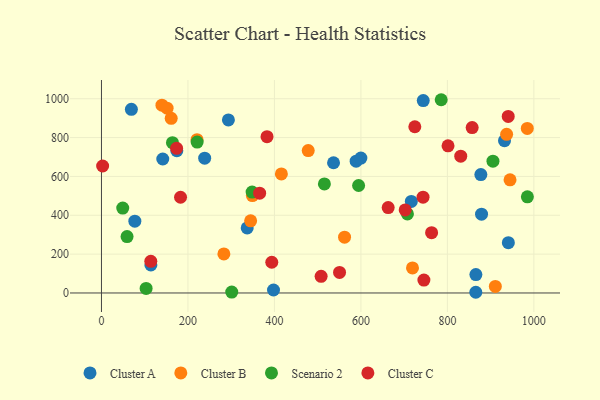
{"axis": {"x": "Investment", "y": "Demand"}, "legend": ["Cluster A", "Cluster B", "Cluster C", "Scenario 2"], "data": [{"x": "397.9", "y": 15.4, "type": "Cluster A"}, {"x": "337.0", "y": 334.9, "type": "Cluster A"}, {"x": "589.0", "y": 678.5, "type": "Cluster A"}, {"x": "877.4", "y": 609.3, "type": "Cluster A"}, {"x": "174.3", "y": 732.3, "type": "Cluster A"}, {"x": "293.6", "y": 891.0, "type": "Cluster A"}, {"x": "141.8", "y": 689.7, "type": "Cluster A"}, {"x": "879.0", "y": 405.9, "type": "Cluster A"}, {"x": "932.1", "y": 783.9, "type": "Cluster A"}, {"x": "69.2", "y": 945.4, "type": "Cluster A"}, {"x": "744.2", "y": 990.7, "type": "Cluster A"}, {"x": "599.9", "y": 694.4, "type": "Cluster A"}, {"x": "716.6", "y": 471.5, "type": "Cluster A"}, {"x": "536.7", "y": 670.5, "type": "Cluster A"}, {"x": "865.9", "y": 94.6, "type": "Cluster A"}, {"x": "941.0", "y": 259.2, "type": "Cluster A"}, {"x": "865.7", "y": 3.6, "type": "Cluster A"}, {"x": "114.3", "y": 144.2, "type": "Cluster A"}, {"x": "77.2", "y": 369.6, "type": "Cluster A"}, {"x": "238.7", "y": 694.0, "type": "Cluster A"}, {"x": "478.2", "y": 733.0, "type": "Cluster B"}, {"x": "416.1", "y": 612.7, "type": "Cluster B"}, {"x": "984.8", "y": 846.9, "type": "Cluster B"}, {"x": "161.3", "y": 899.0, "type": "Cluster B"}, {"x": "937.0", "y": 817.0, "type": "Cluster B"}, {"x": "283.1", "y": 200.9, "type": "Cluster B"}, {"x": "139.9", "y": 966.7, "type": "Cluster B"}, {"x": "910.9", "y": 33.6, "type": "Cluster B"}, {"x": "221.0", "y": 789.1, "type": "Cluster B"}, {"x": "349.1", "y": 501.4, "type": "Cluster B"}, {"x": "944.9", "y": 582.3, "type": "Cluster B"}, {"x": "151.8", "y": 951.2, "type": "Cluster B"}, {"x": "345.0", "y": 371.2, "type": "Cluster B"}, {"x": "719.3", "y": 129.1, "type": "Cluster B"}, {"x": "562.2", "y": 287.1, "type": "Cluster B"}, {"x": "103.3", "y": 23.5, "type": "Scenario 2"}, {"x": "905.4", "y": 678.5, "type": "Scenario 2"}, {"x": "49.2", "y": 437.2, "type": "Scenario 2"}, {"x": "515.6", "y": 561.6, "type": "Scenario 2"}, {"x": "785.7", "y": 994.9, "type": "Scenario 2"}, {"x": "164.2", "y": 773.8, "type": "Scenario 2"}, {"x": "59.2", "y": 290.6, "type": "Scenario 2"}, {"x": "707.6", "y": 406.9, "type": "Scenario 2"}, {"x": "221.3", "y": 776.7, "type": "Scenario 2"}, {"x": "301.3", "y": 4.6, "type": "Scenario 2"}, {"x": "985.0", "y": 495.0, "type": "Scenario 2"}, {"x": "594.7", "y": 553.2, "type": "Scenario 2"}, {"x": "348.4", "y": 519.7, "type": "Scenario 2"}, {"x": "857.3", "y": 851.7, "type": "Cluster C"}, {"x": "365.8", "y": 513.6, "type": "Cluster C"}, {"x": "550.6", "y": 105.6, "type": "Cluster C"}, {"x": "724.7", "y": 855.7, "type": "Cluster C"}, {"x": "2.7", "y": 653.8, "type": "Cluster C"}, {"x": "702.4", "y": 427.4, "type": "Cluster C"}, {"x": "393.9", "y": 158.2, "type": "Cluster C"}, {"x": "940.7", "y": 909.1, "type": "Cluster C"}, {"x": "830.9", "y": 704.5, "type": "Cluster C"}, {"x": "382.9", "y": 804.6, "type": "Cluster C"}, {"x": "801.5", "y": 757.7, "type": "Cluster C"}, {"x": "663.1", "y": 439.5, "type": "Cluster C"}, {"x": "508.0", "y": 85.8, "type": "Cluster C"}, {"x": "745.7", "y": 66.4, "type": "Cluster C"}, {"x": "743.7", "y": 493.1, "type": "Cluster C"}, {"x": "182.9", "y": 492.7, "type": "Cluster C"}, {"x": "763.5", "y": 310.6, "type": "Cluster C"}, {"x": "114.1", "y": 162.9, "type": "Cluster C"}, {"x": "173.8", "y": 744.8, "type": "Cluster C"}]}